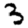
Digit: 3